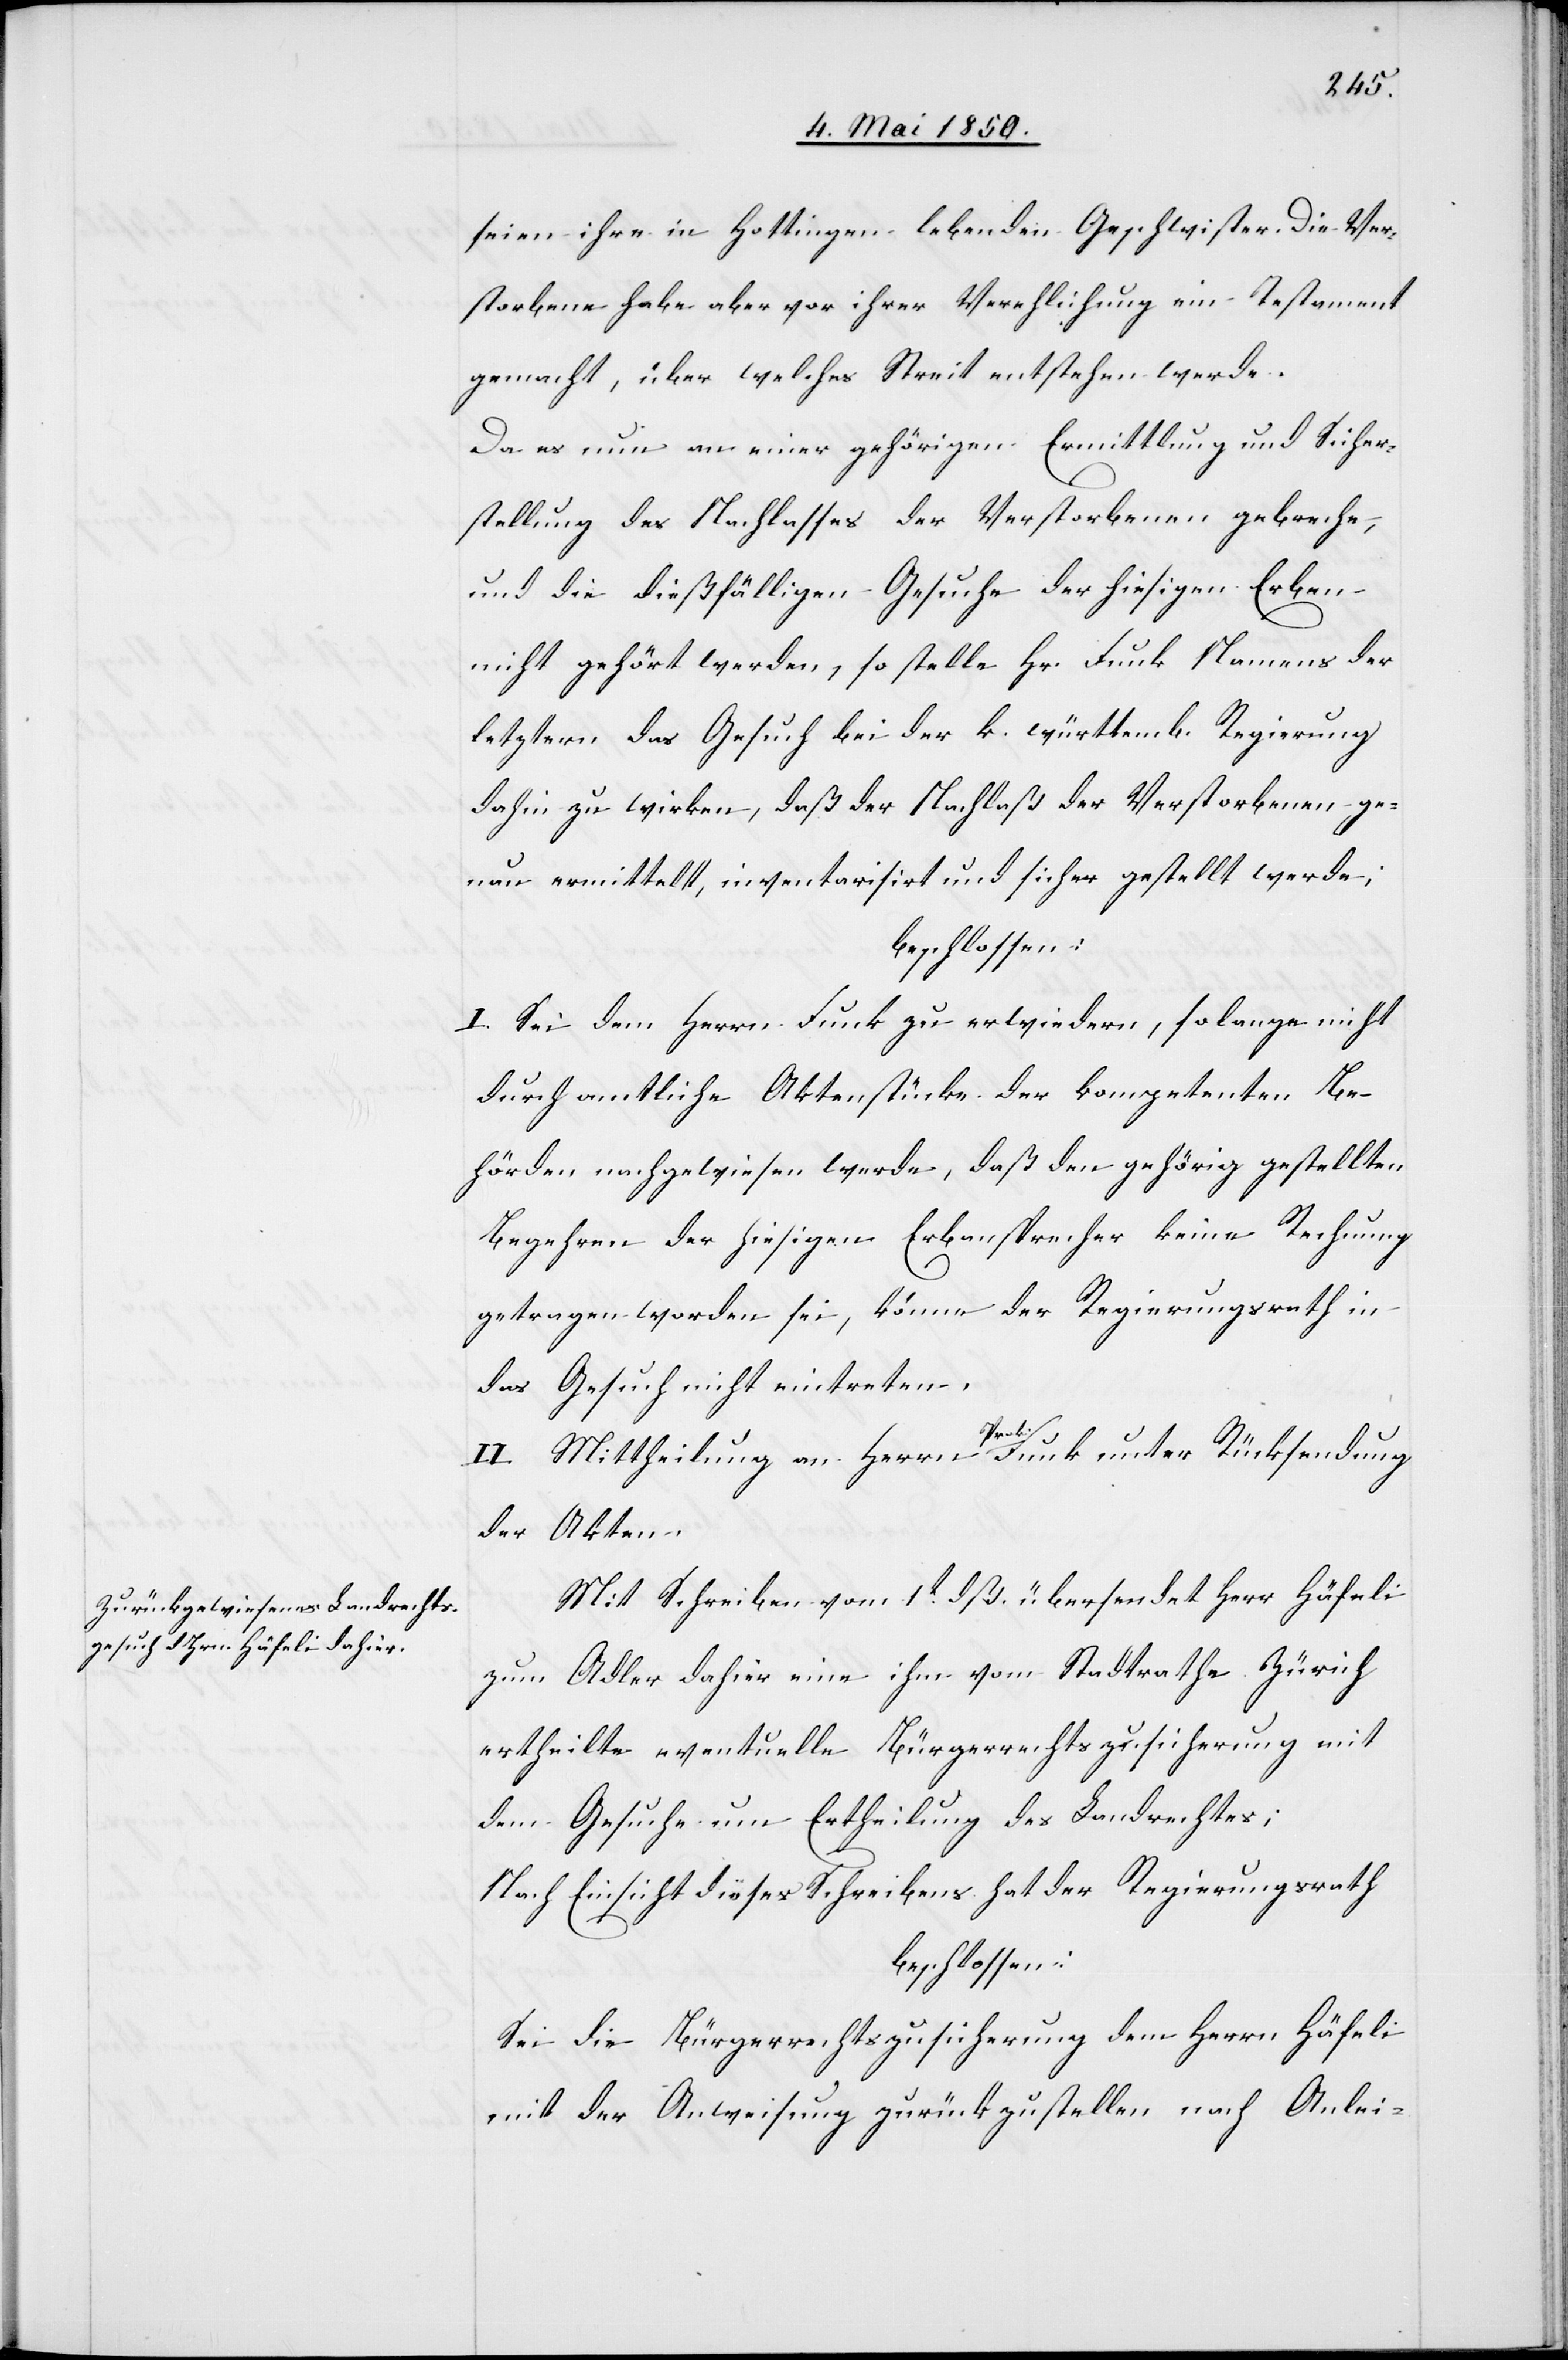
seien ihre in Hottingen lebenden Geschwister. Die Ver¬
storbene habe aber vor ihrer Verehlichung ein Testament
gemacht, über welches Streit entstehen werde.
Da es nun an einer gehörigen Ermittlung und Sicher¬
stellung des Nachlasses der Verstorbenen gebreche,
und die dießfälligen Gesuche der hiesigen Erben
nicht gehört werden, so stelle Hr. Funk Namens der
letztern das Gesuch bei der k. württemb. Regierung
dahin zu wirken, daß der Nachlaß der Verstorbenen ge¬
nau ermittelt, inventarisirt und sicher gestellt werde;
beschlossen:
I. Sei dem Herrn Funk zu erwiedern, so lange nicht
durch amtliche Aktenstücke der kompetenten Be¬
hörden nachgewiesen werde, daß den gehörig gestellten
Begehren der hiesigen Erbansprecher keine Rechnung
getragen worden sei, könne der Regierungsrath in
das Gesuch nicht eintreten.
II. Mittheilung an Herrn Prok. Funk unter Rücksendung
der Akten.
Mit Schreiben vom 1t dß. übersendet Herr Häfeli
zum Adler dahier eine ihm vom Stadtrathe Zürich
ertheilte eventuelle Bürgerrechtszusicherung mit
dem Gesuche um Ertheilung des Landrechtes;
Nach Einsicht dieses Schreibens hat der Regierungsrath
beschlossen:
Sei die Bürgerrechtszusicherung dem Herrn Häfeli
mit der Anweisung zurückzustellen nach Anlei-